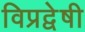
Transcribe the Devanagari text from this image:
विप्रद्वेषी